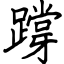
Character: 𨅝